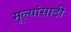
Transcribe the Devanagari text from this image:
मूल्यांसाठी